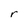
Character: r